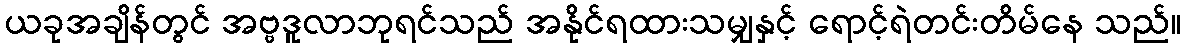
ယခုအချိန်တွင် အဗ္ဗဒူလာဘုရင်သည် အနိုင်ရထားသမျှနှင့် ရောင့်ရဲတင်းတိမ်နေ သည်။